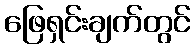
ဖြေရှင်းချက်တွင်